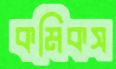
কমিকস